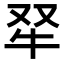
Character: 𤘩